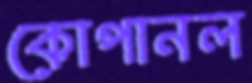
কোপানল